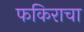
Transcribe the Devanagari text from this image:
फकिराचा